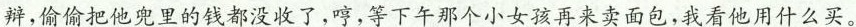
辩，偷偷把他兜里的钱都没收了，哼，等下午那个小女孩再来卖面包，我看他用什么买。